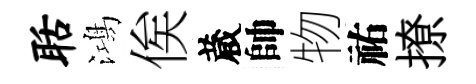
聒鴻俟蔵帥物祐撩